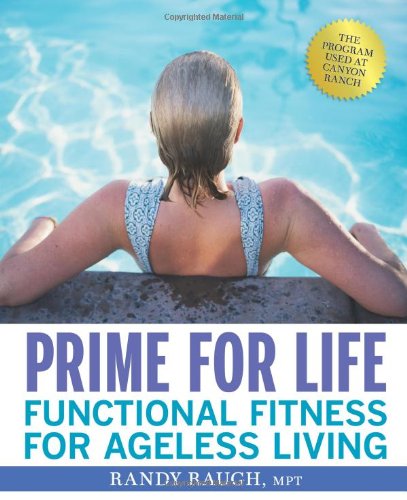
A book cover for Prime for Life: Functional Fitness for Ageless Living; Randy Raugh; Health, Fitness & Dieting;